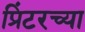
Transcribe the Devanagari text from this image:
प्रिंटरच्या